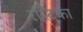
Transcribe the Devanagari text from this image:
रस्टिका